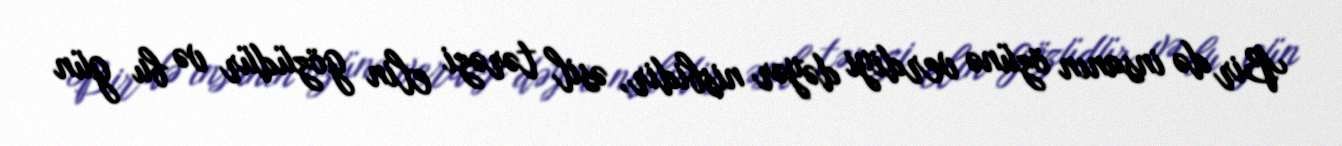
Bir də insanın özünə verdiyi dəyər nisbidir, əsil tərəzi elin gözüdür və bu gün